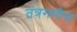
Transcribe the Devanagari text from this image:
तंत्रगमीय